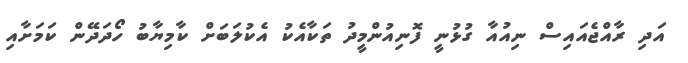
އަދި ރާއްޖެއައިސް ނިއުއާ ގުޅުނީ ފޮނިއުންމީދު ތަކާއެކު އެކުލަބަށް ކާމިޔާބު ހޯދަދޭން ކަމަށާއި